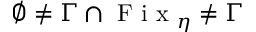
\emptyset \neq \Gamma \cap \mathrm { ~ F ~ i ~ x ~ } _ { \eta } \neq \Gamma